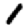
Digit: 1